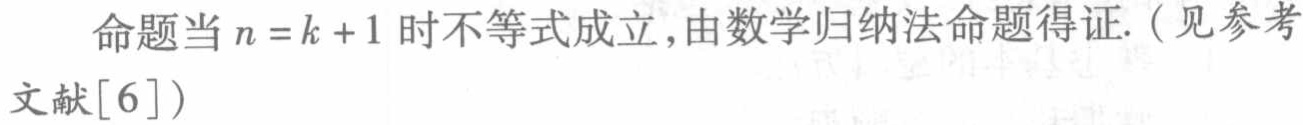
命题当 \(n = k + 1\) 时不等式成立,由数学归纳法命题得证.（见参考文献\([6]\)）